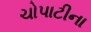
ચોપાટીના